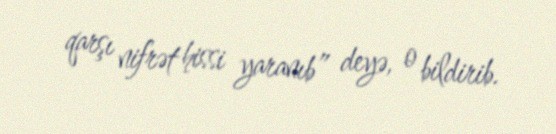
qarşı nifrət hissi yaranıb” deyə, o bildirib.